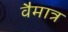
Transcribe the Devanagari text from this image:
वैमात्र